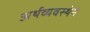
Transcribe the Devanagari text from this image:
अर्थव्यवस्थेने